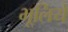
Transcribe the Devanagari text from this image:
भूलिये